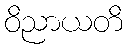
ဝိညာယတိ